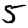
Digit: 5